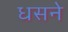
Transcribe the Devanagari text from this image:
धसने